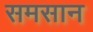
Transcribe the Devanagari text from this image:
समसान